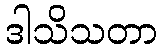
ဒါသိသတာ